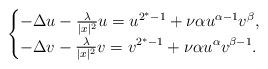
LaTeX: \begin{align*}\begin{cases}-\Delta u-\frac{\lambda}{|x|^2}u=u^{2^*-1}+\nu \alpha u^{\alpha-1}v^{\beta}, \\-\Delta v-\frac{\lambda}{|x|^2}v=v^{2^*-1}+\nu \alpha u^{\alpha}v^{\beta-1}.\end{cases}\end{align*}